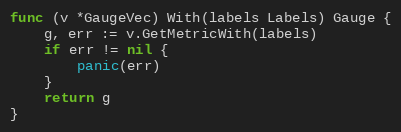
Language: Go
func (v *GaugeVec) With(labels Labels) Gauge {
	g, err := v.GetMetricWith(labels)
	if err != nil {
		panic(err)
	}
	return g
}